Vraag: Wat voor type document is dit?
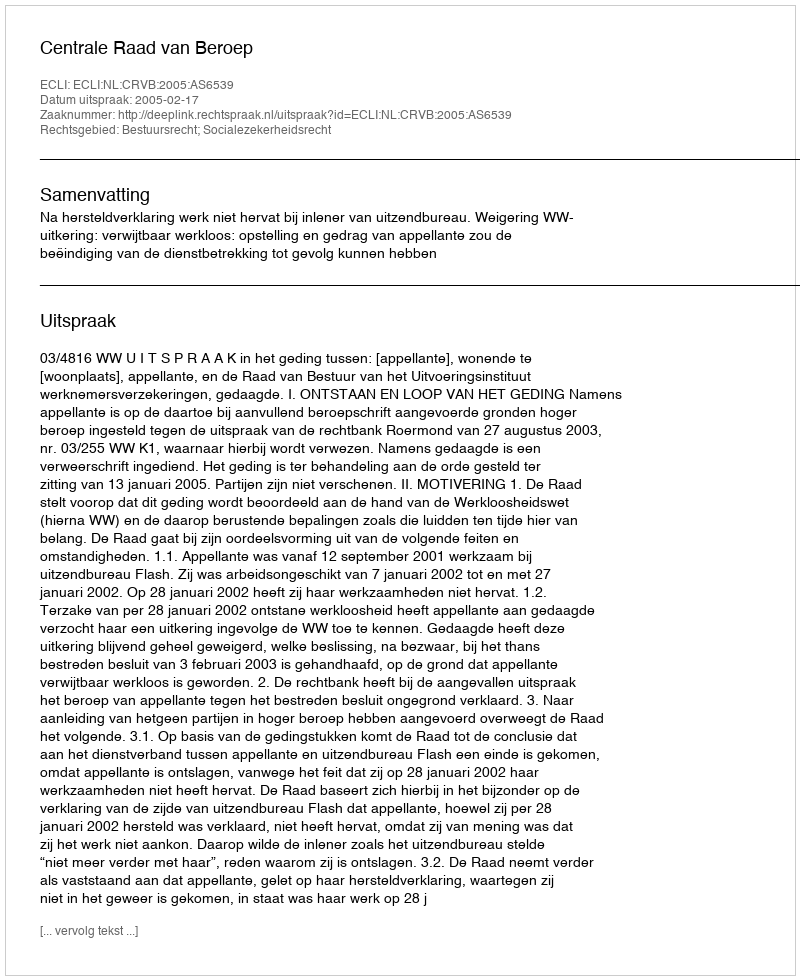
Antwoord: Uitspraak